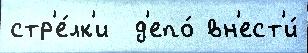
стр'е́лк'и  д'епо́ вн'ест'и́